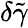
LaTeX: \delta\tilde{\gamma}